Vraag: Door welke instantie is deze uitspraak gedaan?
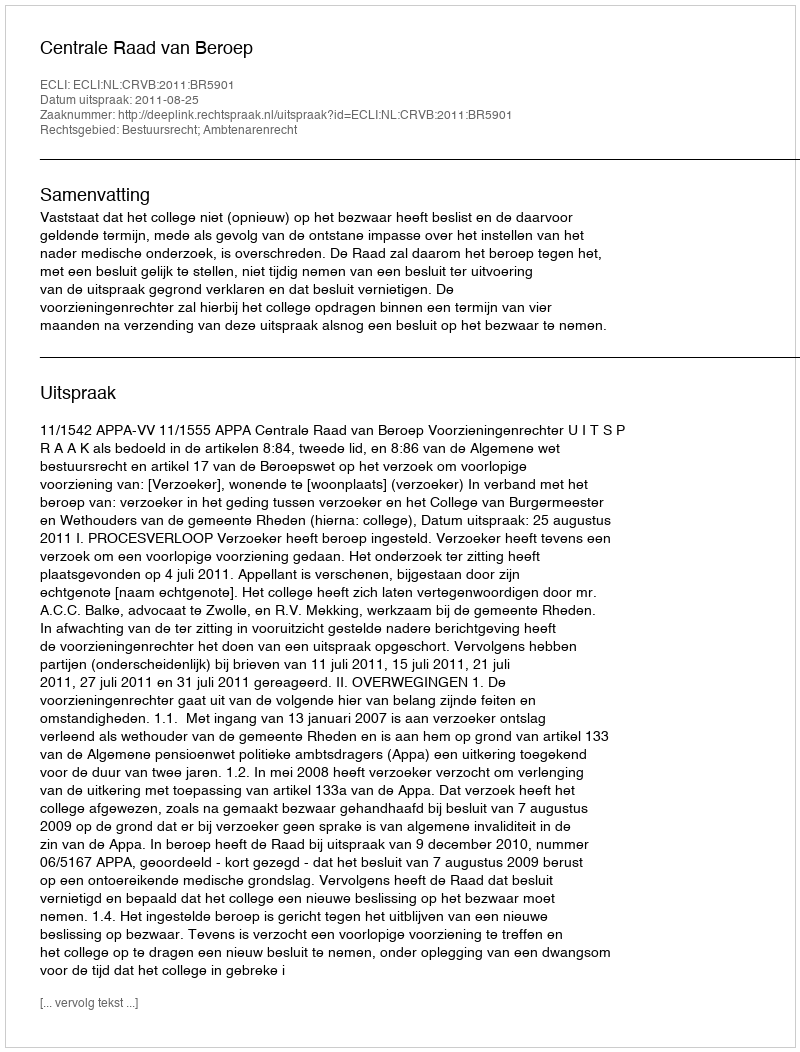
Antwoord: Centrale Raad van Beroep